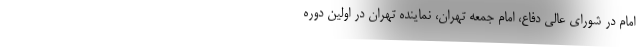
امام در شورای عالی دفاع، امام جمعه تهران، نماینده تهران در اولین دوره